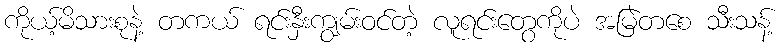
ကိုယ့်မိသားစုနဲ့ တကယ် ရင်းနှီးကျွမ်းဝင်တဲ့ လူရင်းတွေကိုပဲ အမြဲတစေ သီးသန့်